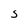
Character: S